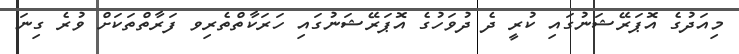
މިއަދުގެ އޮޕަރޭޝަނުގައި ކުރީ ދެ ދުވަހުގެ އޮޕަރޭޝަނުގައި ހަރަކާތްތެރިވ ފަރާތްތަކަށް ވުރެ ގިނަ